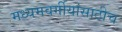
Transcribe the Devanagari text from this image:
मध्यमवर्गीयांसाठीच